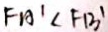
F A ^ { \prime } \angle F B ^ { \prime }